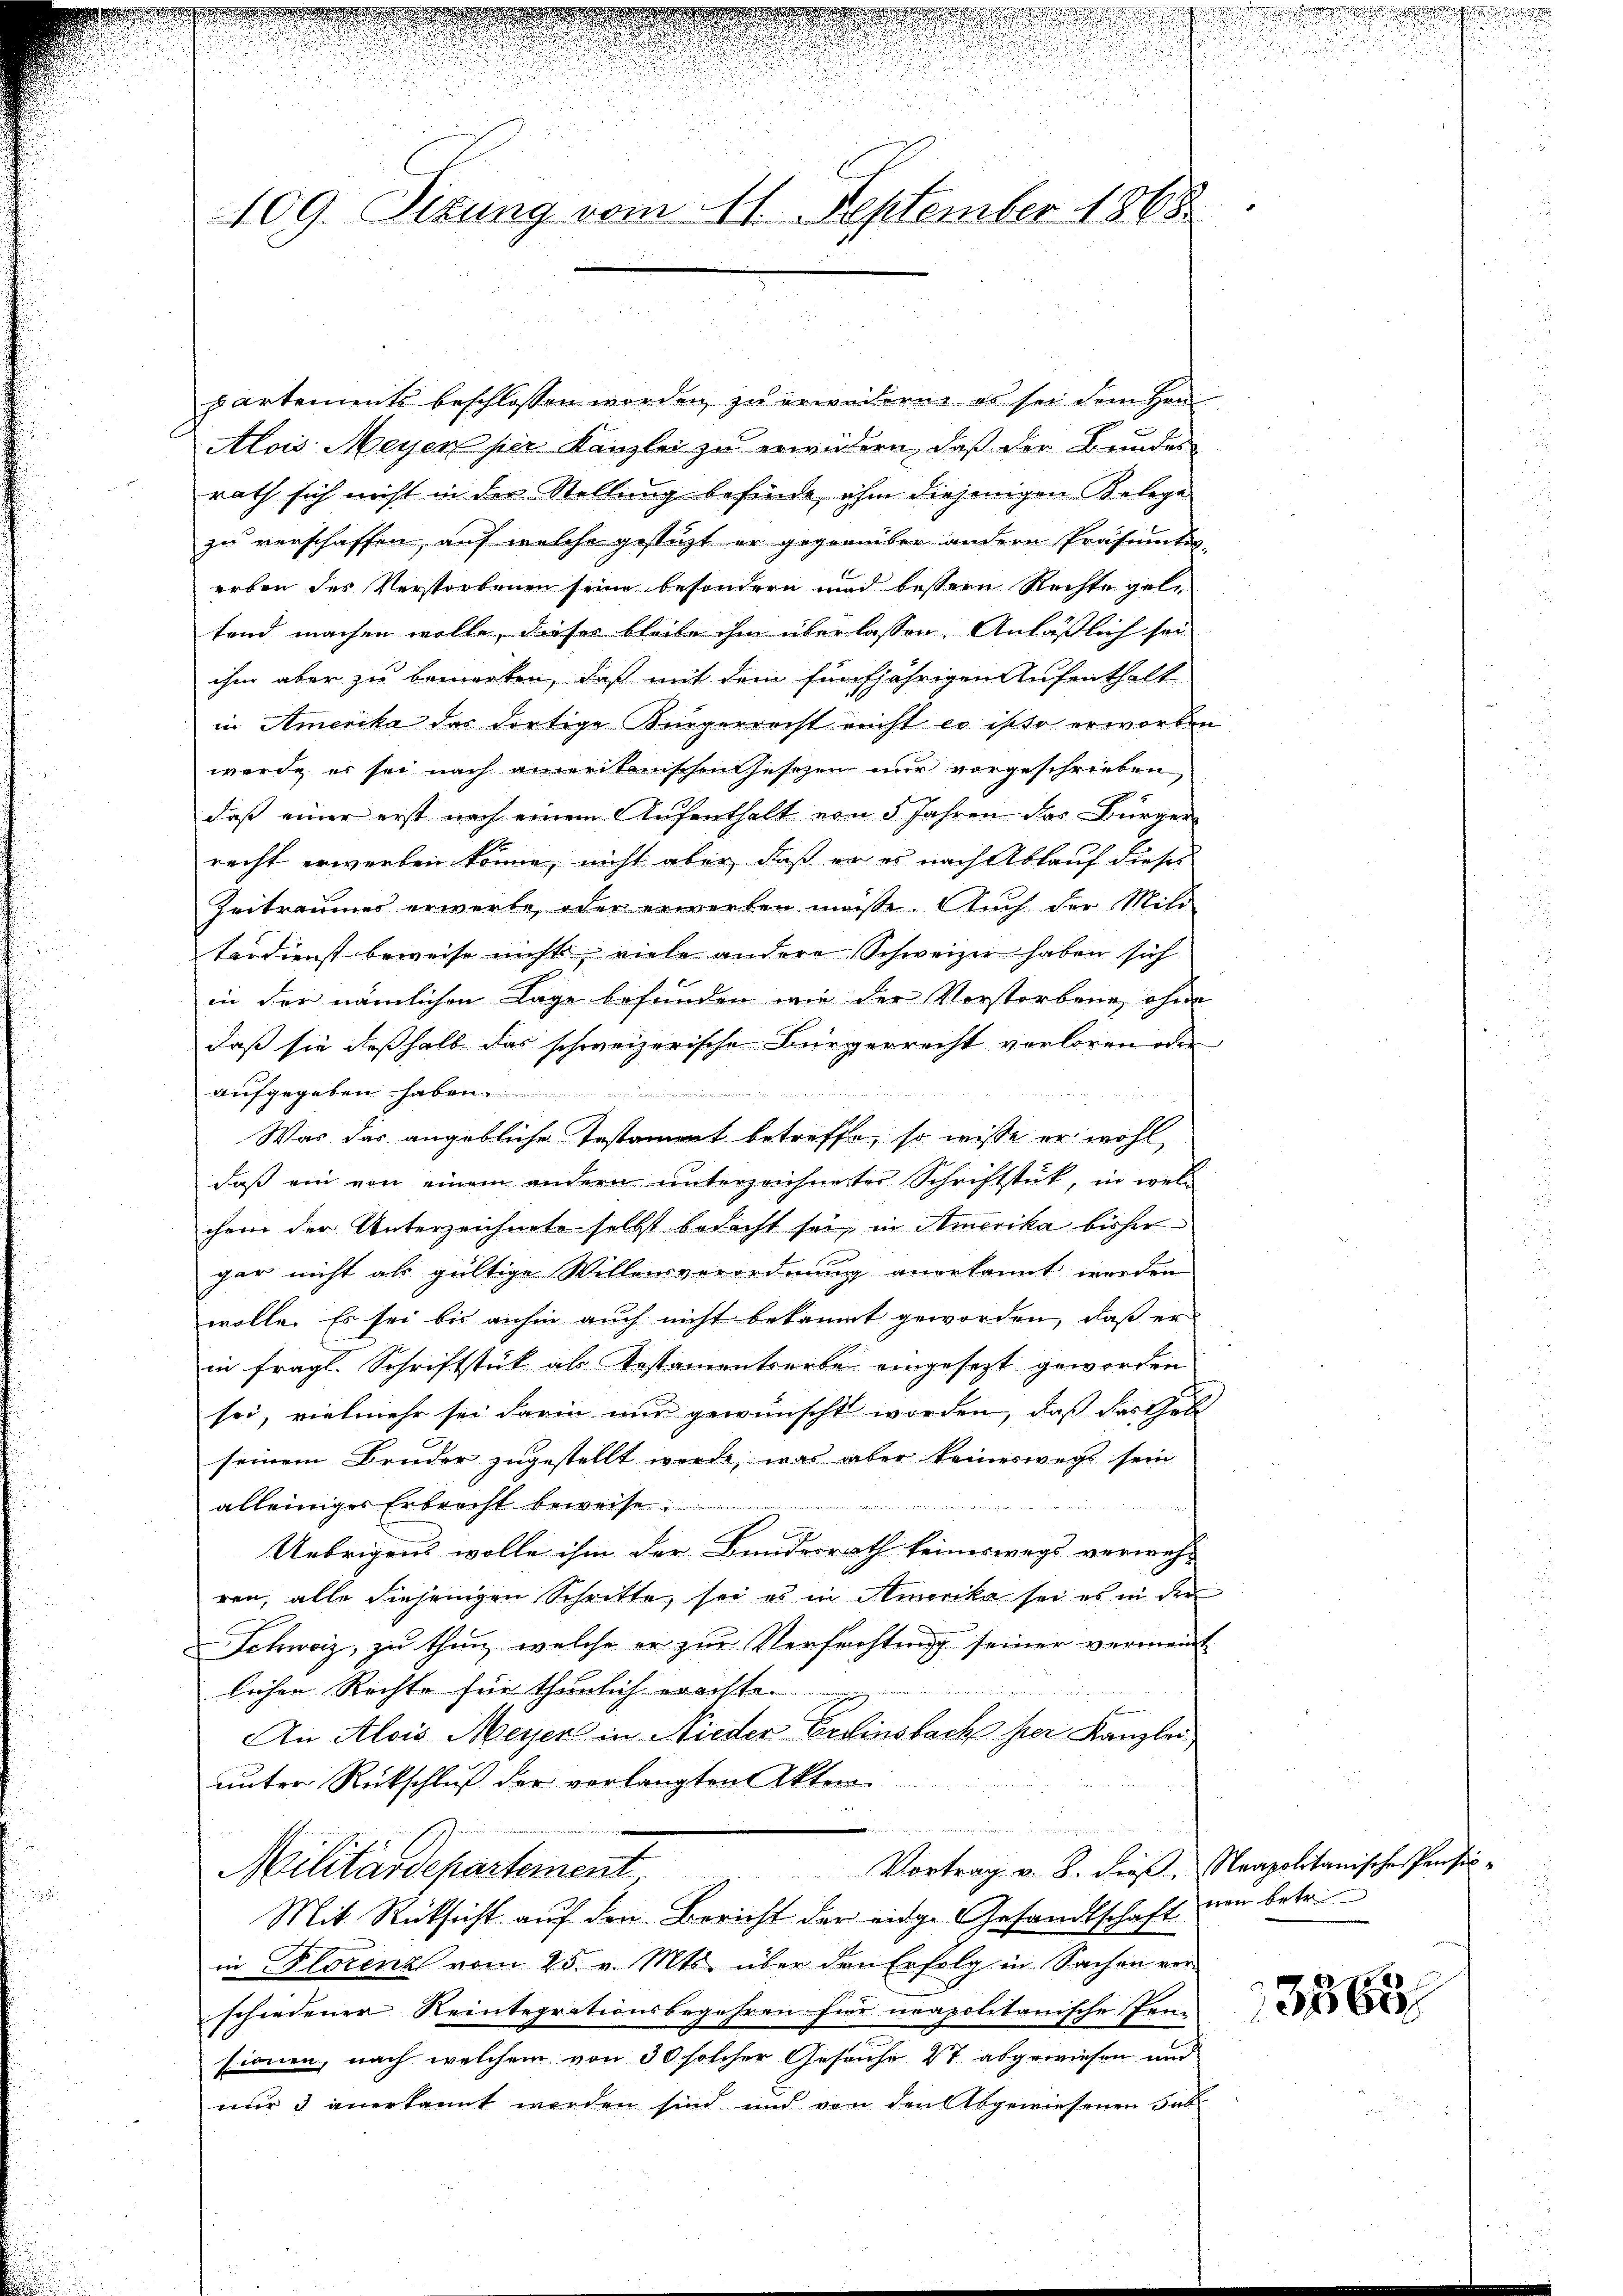
t
109. Sizung vom 11. September 1865.

partements beschlossen worden zu erwederne es sei dem Hrn.
Alois Meyer per Kanzlei zu erwidern, daß der Bundes
rath sich nicht in der Stellung befinde, ohne diejenigen Belege
zu verschaffen, auf welche gestüzt er gegenüber andern Präsumtiv-
erben des Verstorbenen seine besondern und bessern Rechte gele
tend machen wolle, dieser bleibe ihm überlassen Anläßlich sei
ihm aber zu bemerken, daß mit dem fünfjährigen Aufenthalt
in Amerika das dortige Siegerrecht nicht es ist so erworben
werde es sei nach ameritanischen Gesezen nur vorgeschrieben,
daß einer erst nach einem Aufenthalt von 5 Jahren das Bürger
recht erwerben könne, nicht aber, daß er es nach Ablauf dieses
Zeitraumes erwerte, oder erwerben müße. Auch der Militerdienst beweise nicht viele andere Schweizer haben sich
in der nämlichen Lage befunden wie der Vorstorbene, ohne
daß sie deßhalb das schweizerische Bürgerrecht verloren oder
arfgegeben haben 0 x
Was das angebliche Testammt betreffe, so wisse er wohl
daß ein von einem andern ŭnterzeichneter Schriftstück, in wel-
chem der Unterzeichnete selbst bedacht sei, in Amerika bisher
gar nicht als gültige Willensverordnung anerkannt werden.
wolle. Es sei bis anhin auch nicht bekannt geworden, daß er
in fragl. Schriftstück als Testamentserbe eingesezt geworden
sei, vielmehr sei darin nur gewünscht worden, daß das theb
seinem Bruder zugestellt werde, was aber keineswegs sein
alleiniges Erbrecht beweise
h
u
Uebrigens wolle ihm der Bundesrath keineswegs verweh-
ren, alle diejenigen Schritte, sei es in Amerika sei es in der
Schweiz, zu thun, welche er zur Verfachtung seiner vermeint-
lichen Rechte für thunlich erachte.
An Alois Meyer in Nieder Erfinsbach per Kanzlei,
unter Rückschluß der verlangten Akten
Militärdepartement Vortrag v. 2. dieß starpolitonische Pensin¬
Mit Rücksicht auf den Bericht der eidge Gesandtschaft um betr.
in Florenz vom 25. v. Mts. über den Erfolg in Sachen verschiedener Reintegrationsbegehren für neapolitanische Pen-
sionen, nach welchem von 30 solcher Gesuche 27 abgewiesen und
nur 3 anerkannt werden sind und von den Abgewiesenen Fall

.

3863